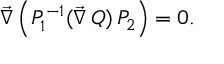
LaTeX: \vec { \nabla } \, \Bigl ( P _ { 1 } ^ { - 1 } ( \vec { \nabla } \, Q ) \, P _ { 2 } \Bigr ) = 0 .